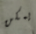
يمكن